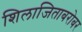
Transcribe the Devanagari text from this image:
शिलाजिताबरोबर